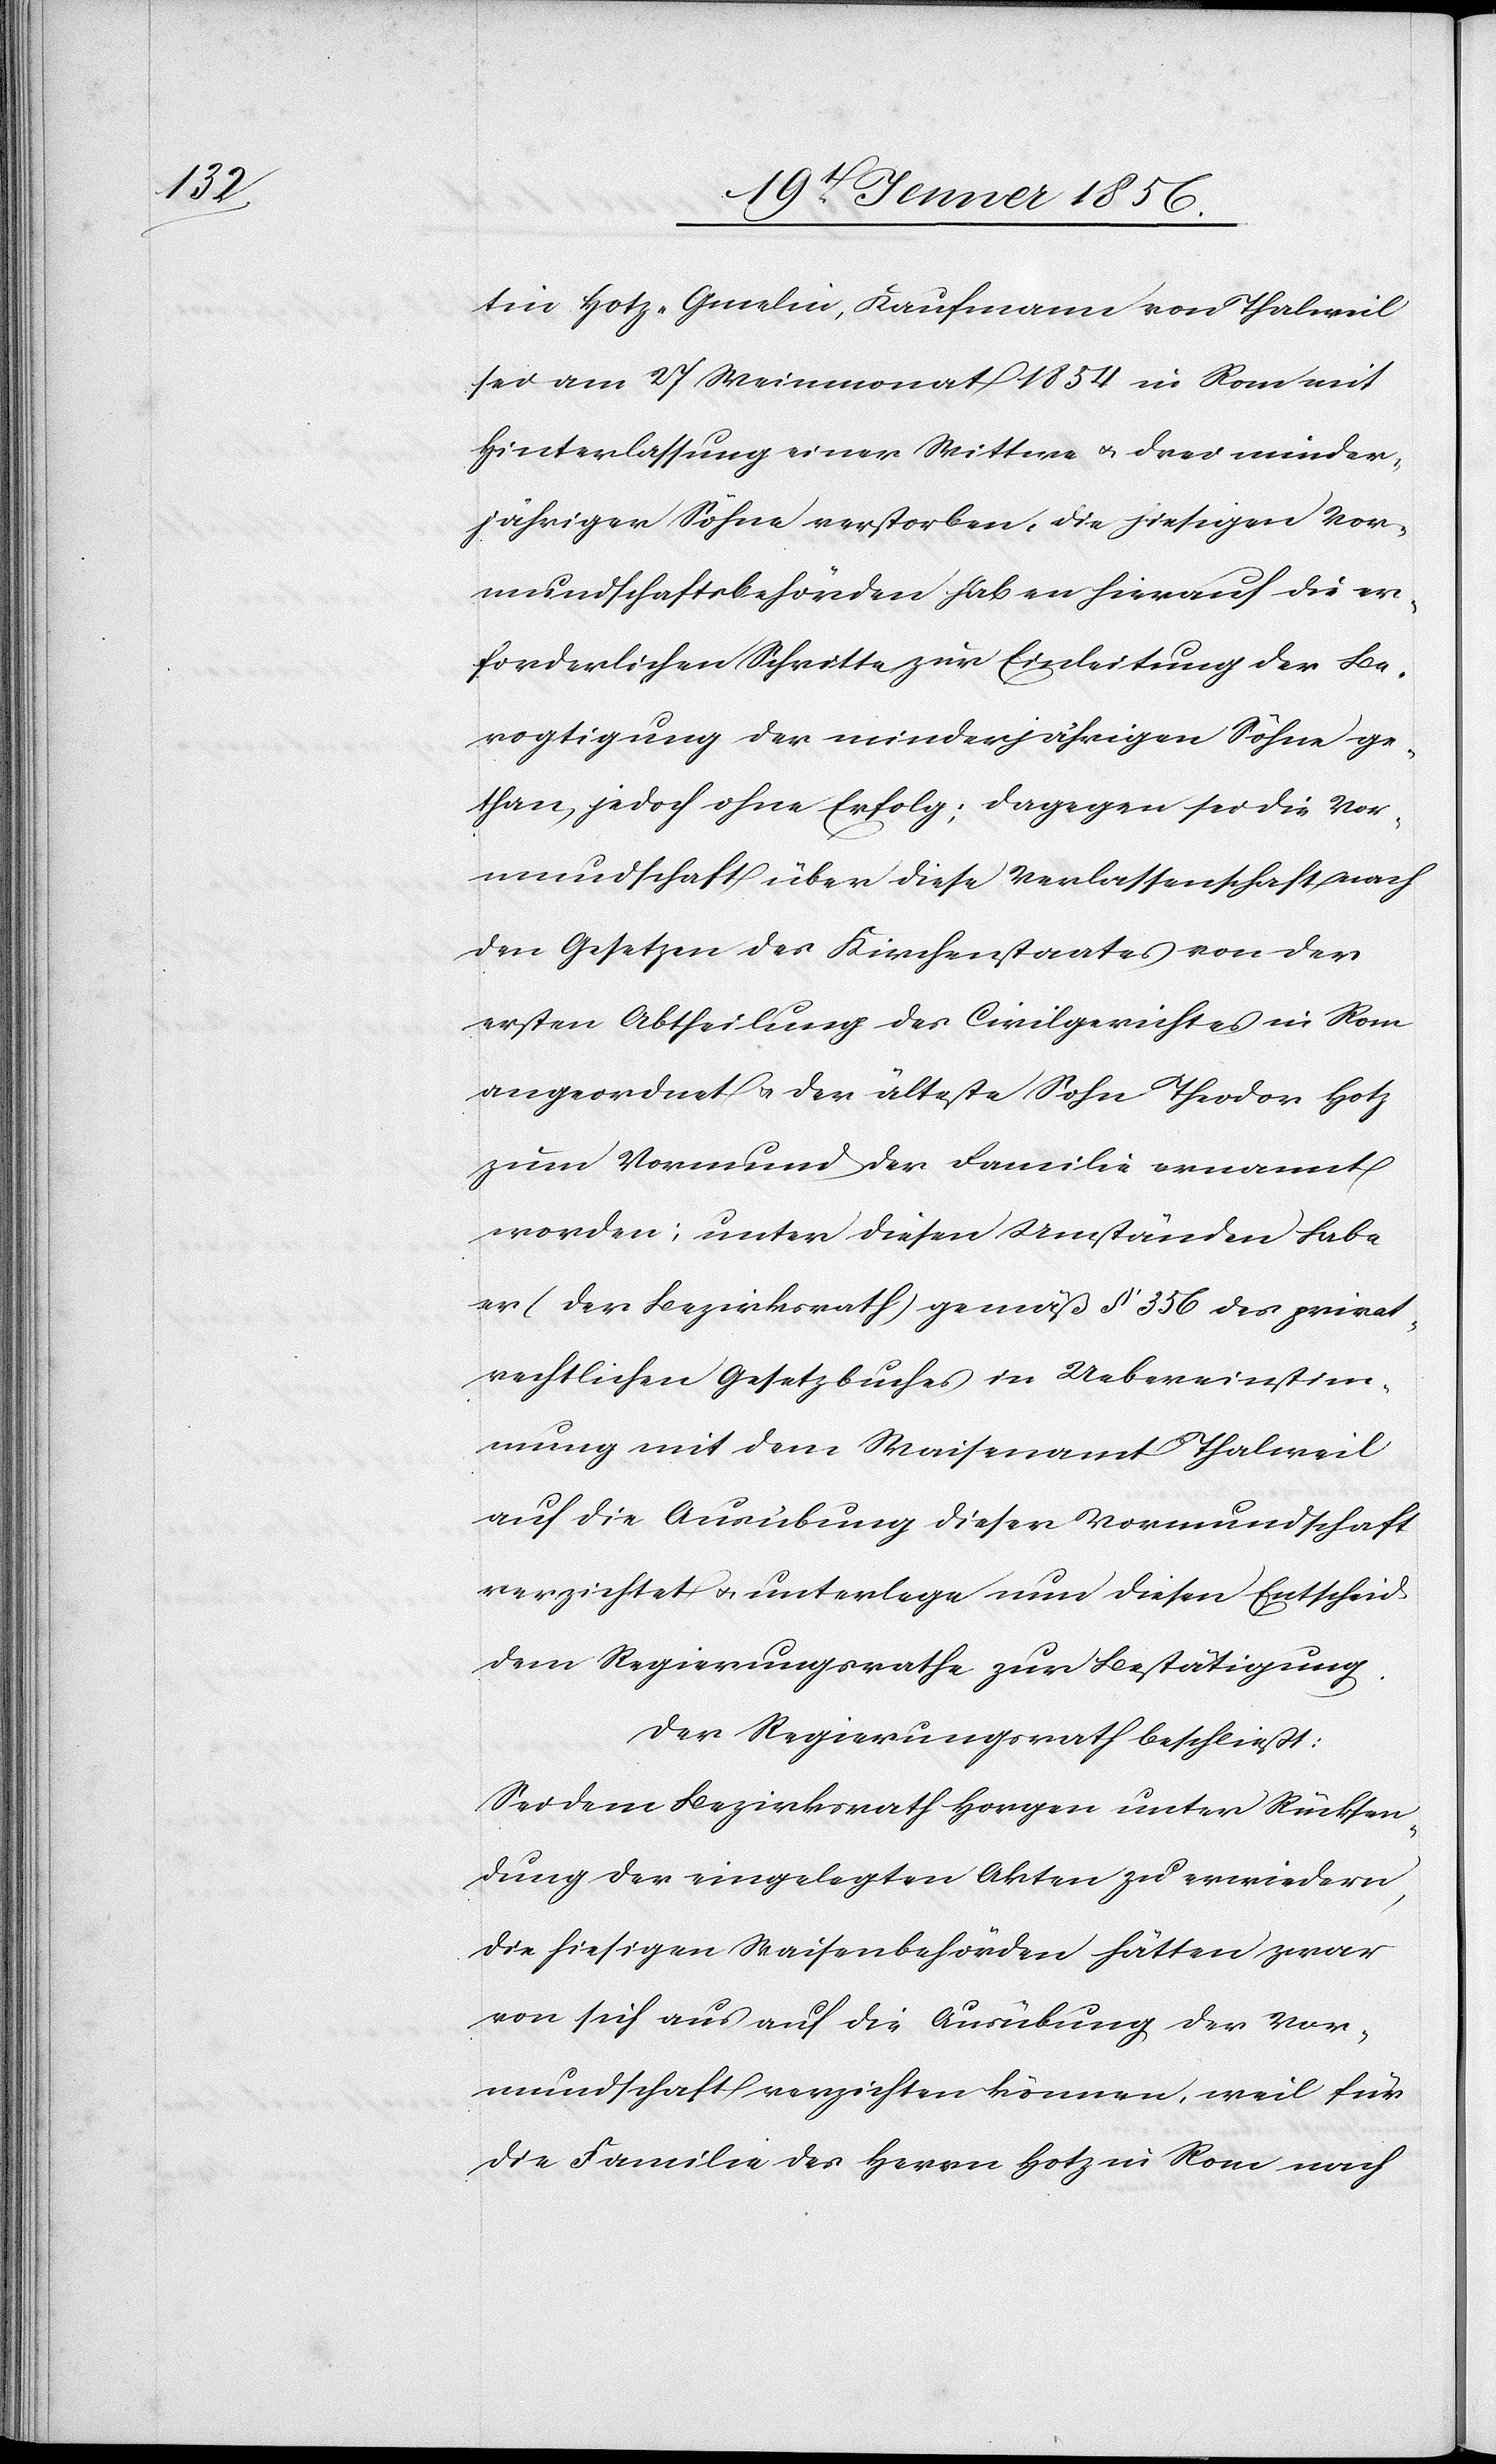
tin Hotz-Gmelin, Kaufmann von Thalwil
sei am 27 Weinmonat 1854 in Rom mit
Hinterlassung einer Wittwe u. drei minder¬
jähriger Söhne verstorben, die hiesigen Vor¬
mundschaftsbehörden haben hierauf die er¬
forderlichen Schritte zur Einleitung der Be¬
vogtigung der minderjährigen Söhne ge¬
than, jedoch ohne Erfolg; dagegen sei die Vor¬
mundschaft über diese Verlassenschaft nach
den Gesetzen des Kirchenstaates von der
ersten Abtheilung des Civilgerichtes in Rom
angeordnet u. der älteste Sohn Theodor Hotz
zum Vormund der Familie ernannt
worden; unter diesen Umständen habe
er (der Bezirksrath) gemäß § 356 des privat¬
rechtlichen Gesetzbuches in Uebereinstim¬
mung mit dem Waisenamt Thalweil
auf die Ausübung dieser Vormundschaft
verzichtet u. unterlege nun diesen Entscheid
dem Regierungsrathe zur Bestätigung.
Der Regierungsrath beschließt:
Sei dem Bezirksrath Horgen unter Rücksen¬
dung der eingelegten Akten zu erwiedern,
die hiesigen Waisenbehörden hätten zwar
von sich aus auf die Ausübung der Vor¬
mundschaft verzichten können, weil für
die Familie des Herrn Hotz in Rom nach